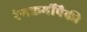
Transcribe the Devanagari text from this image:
रंगकर्मींपैकी